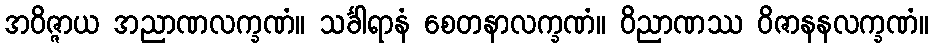
အဝိဇ္ဇာယ အညာဏလက္ခဏံ။ သင်္ခါရာနံ စေတနာလက္ခဏံ။ ဝိညာဏဿ ဝိဇာနနလက္ခဏံ။